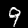
Label: 9